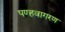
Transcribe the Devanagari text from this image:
पण्हवागरण